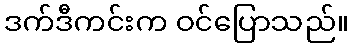
ဒက်ဒီကင်းက ဝင်ပြောသည်။